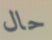
حال